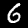
Digit: 6